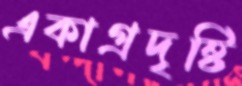
একাগ্রদৃষ্টি